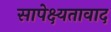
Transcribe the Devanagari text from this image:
सापेक्ष्यतावाद